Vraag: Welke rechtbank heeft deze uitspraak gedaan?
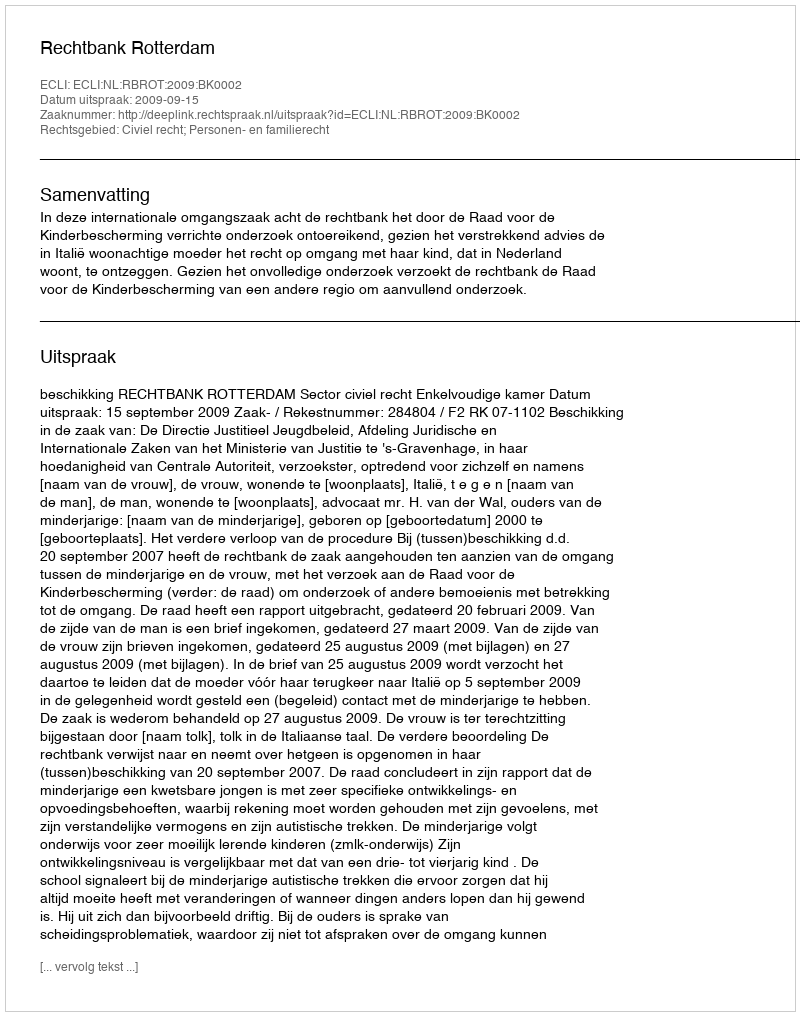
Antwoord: Rechtbank Rotterdam